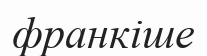
франкіше